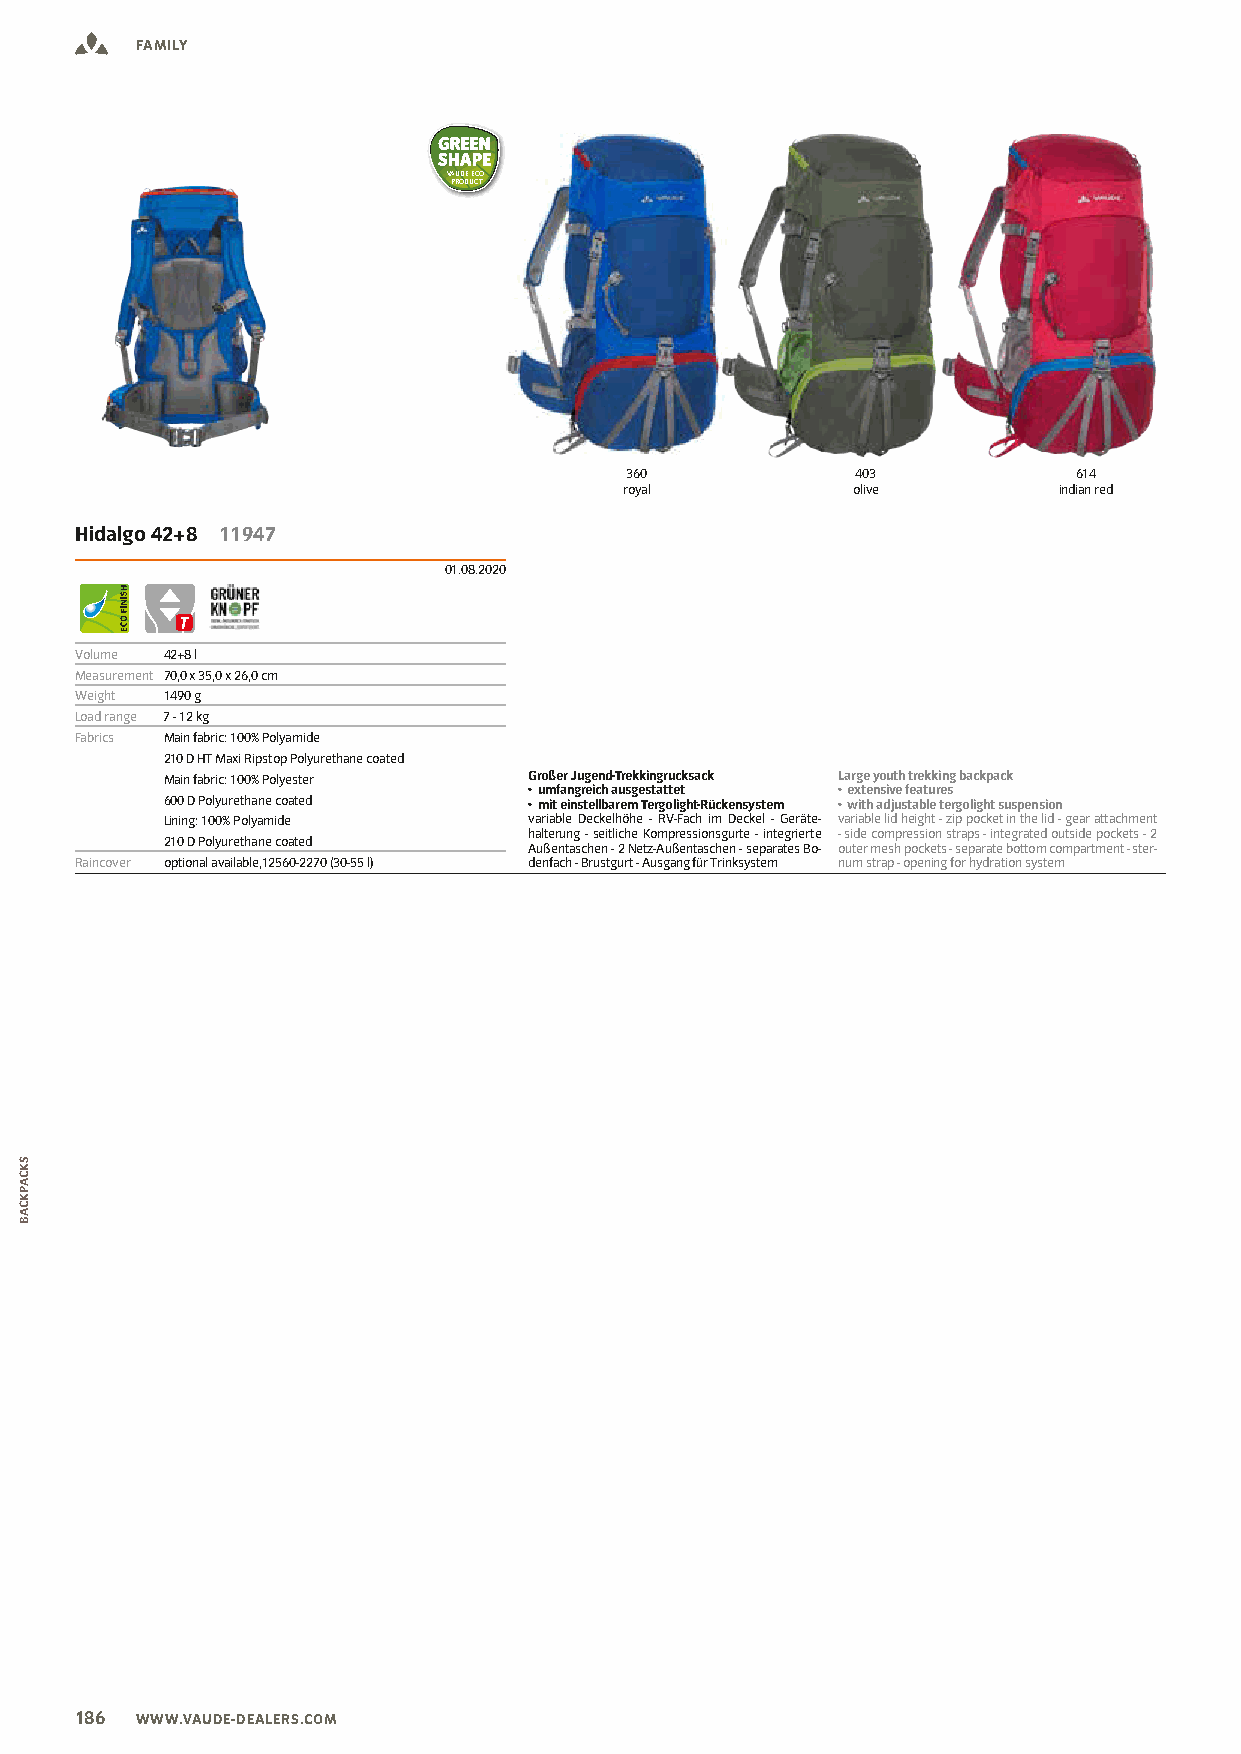
FAMILY
 VAUDE ECO
 PRODUCT
 360             403           614
 royal          olive         indian red
 Hidalgo 42+8 11947
 01.08.2020
 Volume 42+8 l
 Measurement 70,0 x 35,0 x 26,0 cm
 Weight 1490 g
 Load range 7 - 12 kg
 Fabrics Main fabric: 100% Polyamide
 210 D HT Maxi Ripstop Polyurethane coated
 Main fabric: 100% Polyester Großer Jugend-Trekkingrucksack Large youth trekking backpack
 • umfangreich ausgestattet • extensive features
 600 D Polyurethane coated • mit einstellbarem Tergolight-Rückensystem • with adjustable tergolight suspension
 Lining: 100% Polyamide  variable Deckelhöhe - RV-Fach im Deckel - Geräte- variable lid height - zip pocket in the lid - gear attachment
 halterung - seitliche Kompressionsgurte - integrierte - side compression straps - integrated outside pockets - 2
 210 D Polyurethane coated
 Außentaschen - 2 Netz-Außentaschen - separates Bo- outer mesh pockets - separate bottom compartment - ster-
 Raincover optional available,12560-2270 (30-55 l) denfach - Brustgurt - Ausgang für Trinksystem num strap - opening for hydration system
 186 WWW.VAUDE-DEALERS.COM
 SKCAPKCAB